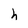
Character: h